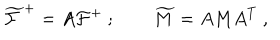
\widetilde { \cal F } ^ { + } = A { \cal F } ^ { + } \ ; \qquad \widetilde M = A M A ^ { T } \ ,